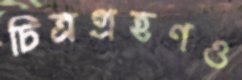
চিত্রগ্রহণও